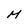
Character: M